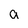
Character: a